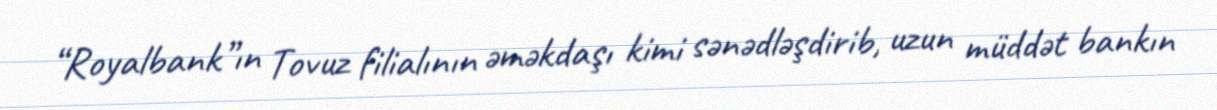
“Royalbank”ın Tovuz filialının əməkdaşı kimi sənədləşdirib, uzun müddət bankın